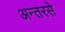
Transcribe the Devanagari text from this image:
अन्तरसे